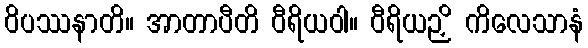
ဝိပဿနာတိ။ အာတာပီတိ ဝီရိယဝါ။ ဝီရိယဉှိ ကိလေသာနံ